Indian journal of veterinary science and animal husbandry - Volumes 18-21, 1948-1951
Year: 1948
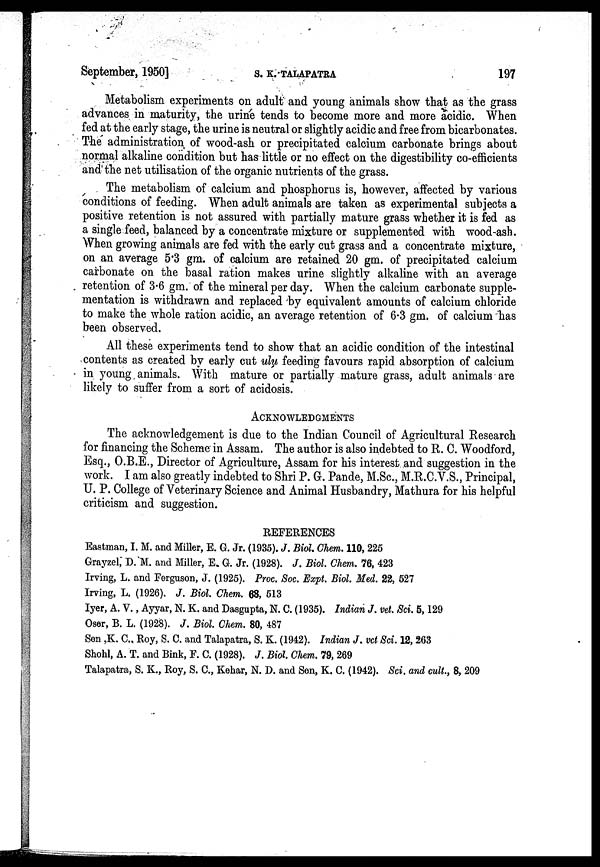
September, 1950]
S.
K.
TALAPATRA
197
Metabolism experiments on adult and young animals show that as the grass
advances in maturity, the urine tends to become more and more acidic. When
fed at the early stage, the urine is neutral or slightly acidic and free from bicarbonates.
The administration of wood-ash or precipitated calcium carbonate brings about
normal alkaline condition but has little or no effect on the digestibility co-efficients
and the net utilisation of the organic nutrients of the grass.
The metabolism of calcium and phosphorus is, however, affected by various
conditions of feeding. When adult animals are taken as experimental subjects a
positive retention is not assured with partially mature grass whether it is fed as
a single feed, balanced by a concentrate mixture or supplemented with wood-ash.
When growing animals are fed with the early cut grass and a concentrate mixture,
on an average 5.3 gm. of calcium are retained 20 gm. of precipitated calcium
carbonate on the basal ration makes urine slightly alkaline with an average
retention of 3.6 gm. of the mineral per day. When the calcium carbonate supple-
mentation is withdrawn and replaced by equivalent amounts of calcium chloride
to make the whole ration acidic, an average retention of 6.3 gm. of calcium has
been observed.
All these experiments tend to show that an acidic condition of the intestinal
contents as created by early cut ulu feeding favours rapid absorption of calcium
in young animals. With mature or partially mature grass, adult animals are
likely to suffer from a sort of acidosis.
ACKNOWLEDGMENTS
The acknowledgement is due to the Indian Council of Agricultural Research
for financing the Scheme in Assam. The author is also indebted to R. C. Woodford,
Esq., O.B.E., Director of Agriculture, Assam for his interest and suggestion in the
work. I am also greatly indebted to Shri P. G. Pande, M.Sc., M.R.C.V.S., Principal,
U. P. College of Veterinary Science and Animal Husbandry, Mathura for his helpful
criticism and suggestion.
REFERENCES
Eastman, I. M. and Miller, E. G. Jr. (1935). J. Biol. Chem. 110, 225
Grayzel, D. M. and Miller, E. G. Jr. (1928). J. Biol. Chem. 76, 423
Irving, L. and Ferguson, J. (1925). Proc. Soc. Expt. Biol. Med. 22, 527
Irving, L. (1926). J. Biol. Chem. 68, 513
Iyer, A. V., Ayyar, N. K. and Dasgupta, N. C. (1935). Indian J. vet. Sci. 5, 129
Oser, B. L. (1928). J. Biol. Chem. 80, 487
Sen ,K. C., Roy, S. C. and Talapatra, S. K. (1942). Indian J. vet Sci. 12, 263
Shohl, A. T. and Bink, F. C. (1928). J. Biol. Chem. 79, 269
Talapatra, S. K., Roy, S. C., Kehar, N. D. and Sen, K. C. (1942). Sci. and cult., 8, 209